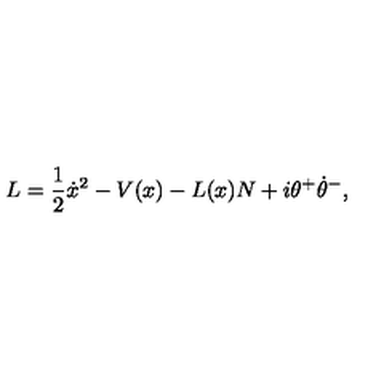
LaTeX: L = \frac 1 2 \dot { x } ^ { 2 } - V ( x ) - L ( x ) N + i \theta ^ { + } \dot { \theta } ^ { - } ,